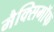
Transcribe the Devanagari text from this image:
मैक्सिमाॅफ